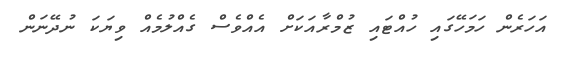
އަހަރެން ހަމަހޭގައި ހުއްޓައި ޒުމްރާއަކަށް އެއްވެސް ގެއްލުމެއް ވިޔަކަ ނުދޭނަން